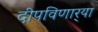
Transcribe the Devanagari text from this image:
दीपविणार्‍या